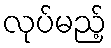
လုပ်မည့်